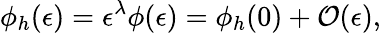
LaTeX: \phi_{h}(\epsilon)=\epsilon^{\lambda}\phi(\epsilon)=\phi_{h}(0)+{\cal O}(\epsilon),